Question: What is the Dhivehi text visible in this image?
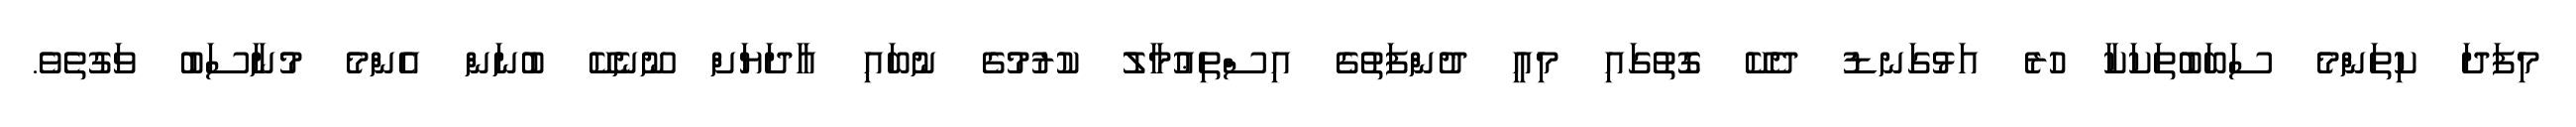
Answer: މިފަދަ ކިތަންމެ ސަބަބުތަކަކާ ހުރެ އަޅުގަނޑު ދެކޭ ގޮތުގައި މިއީ ދުންފަތުގެ އިސްތިޢުމާލު ކުރުމުގެ ނުބައި އާދަޔަށް ނޫނެކޭ ބުނަން އެންމެ މުނާސަބު ވަގުތެވެ.